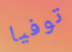
توفيا